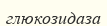
глюкозидаза